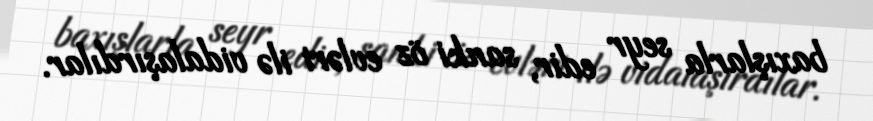
baxışlarla seyr edir, sanki öz evləri ilə vidalaşırdılar.